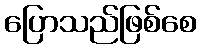
ပြောသည်ဖြစ်စေ